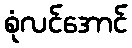
စုံလင်အောင်